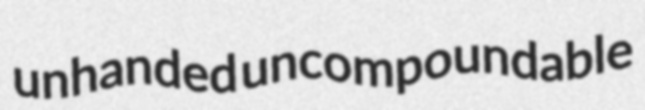
unhanded uncompoundable